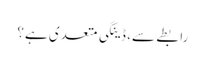
رابطے سے، ڈینگی متعدی ہے؟